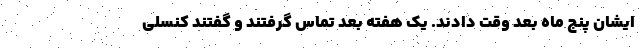
ایشان پنج ماه بعد وقت دادند. یک هفته بعد تماس گرفتند و گفتند کنسلی